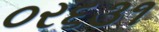
૦ર૬૩૧